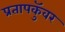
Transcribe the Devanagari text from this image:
प्रतापकुॅवर